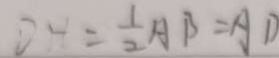
D H = \frac { 1 } { 2 } A B = A D